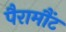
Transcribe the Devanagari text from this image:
पैरामौंट